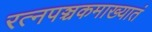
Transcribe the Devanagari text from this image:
रत्‍नपञ्चकमाख्यातं